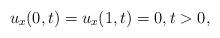
LaTeX: \begin{align*}u_x(0,t)=u_x(1,t)=0, t>0,\end{align*}